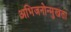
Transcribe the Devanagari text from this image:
अभिजनोन्मुखता